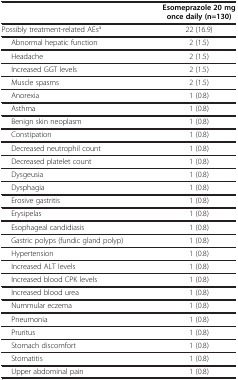
|  | Esomeprazole 20 mg once daily (n=130) |
 | --- | --- |
 | Possibly treatment-related AEsa | 22 (16.9) |
 | Abnormal hepatic function | 2 (1.5) |
 | Headache | 2 (1.5) |
 | Increased GGT levels | 2 (1.5) |
 | Muscle spasms | 2 (1.5) |
 | Anorexia | 1 (0.8) |
 | Asthma | 1 (0.8) |
 | Benign skin neoplasm | 1 (0.8) |
 | Constipation | 1 (0.8) |
 | Decreased neutrophil count | 1 (0.8) |
 | Decreased platelet count | 1 (0.8) |
 | Dysgeusia | 1 (0.8) |
 | Dysphagia | 1 (0.8) |
 | Erosive gastritis | 1 (0.8) |
 | Erysipelas | 1 (0.8) |
 | Esophageal candidiasis | 1 (0.8) |
 | Gastric polyps (fundic gland polyp) | 1 (0.8) |
 | Hypertension | 1 (0.8) |
 | Increased ALT levels | 1 (0.8) |
 | Increased blood CPK levels | 1 (0.8) |
 | Increased blood urea | 1 (0.8) |
 | Nummular eczema | 1 (0.8) |
 | Pneumonia | 1 (0.8) |
 | Pruritus | 1 (0.8) |
 | Stomach discomfort | 1 (0.8) |
 | Stomatitis | 1 (0.8) |
 | Upper abdominal pain | 1 (0.8) |